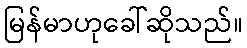
မြန်မာဟုခေါ်ဆိုသည်။